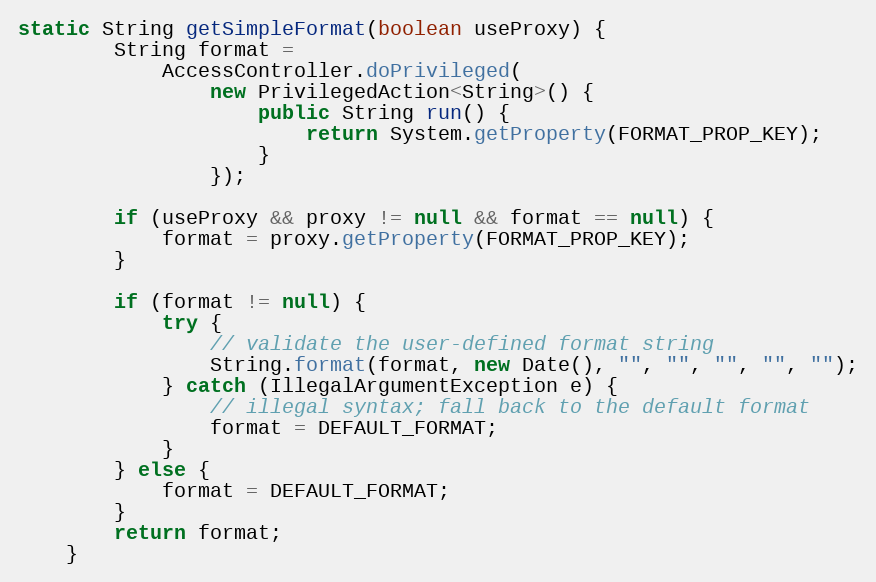
Language: Java
static String getSimpleFormat(boolean useProxy) {
        String format =
            AccessController.doPrivileged(
                new PrivilegedAction<String>() {
                    public String run() {
                        return System.getProperty(FORMAT_PROP_KEY);
                    }
                });

        if (useProxy && proxy != null && format == null) {
            format = proxy.getProperty(FORMAT_PROP_KEY);
        }

        if (format != null) {
            try {
                // validate the user-defined format string
                String.format(format, new Date(), "", "", "", "", "");
            } catch (IllegalArgumentException e) {
                // illegal syntax; fall back to the default format
                format = DEFAULT_FORMAT;
            }
        } else {
            format = DEFAULT_FORMAT;
        }
        return format;
    }